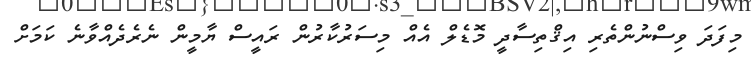
މިފަދަ ވިސްނުންތެރި އިޤްތިސާދީ މޮޑެލް އެއް މިސަރުކާރުން ރައީސް ޔާމީން ނެރެދެއްވާނެ ކަމަށް